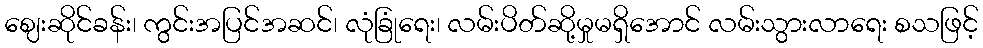
ဈေးဆိုင်ခန်း၊ ကွင်းအပြင်အဆင်၊ လုံခြုံရေး၊ လမ်းပိတ်ဆို့မှုမရှိအောင် လမ်းသွားလာရေး စသဖြင့်